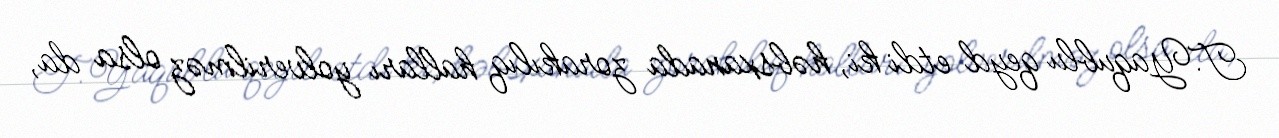
T.Yaqublu qeyd etdi ki, həbsxanada zorakılıq halları yolverilməz olsa da,